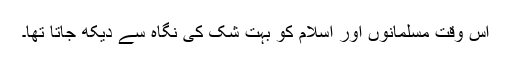
اس وقت مسلمانوں اور اسلام کو بہت شک کی نگاہ سے دیکھ جاتا تھا۔